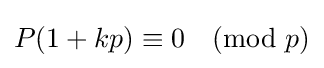
P(1+kp)\equiv 0{\pmod {p}}